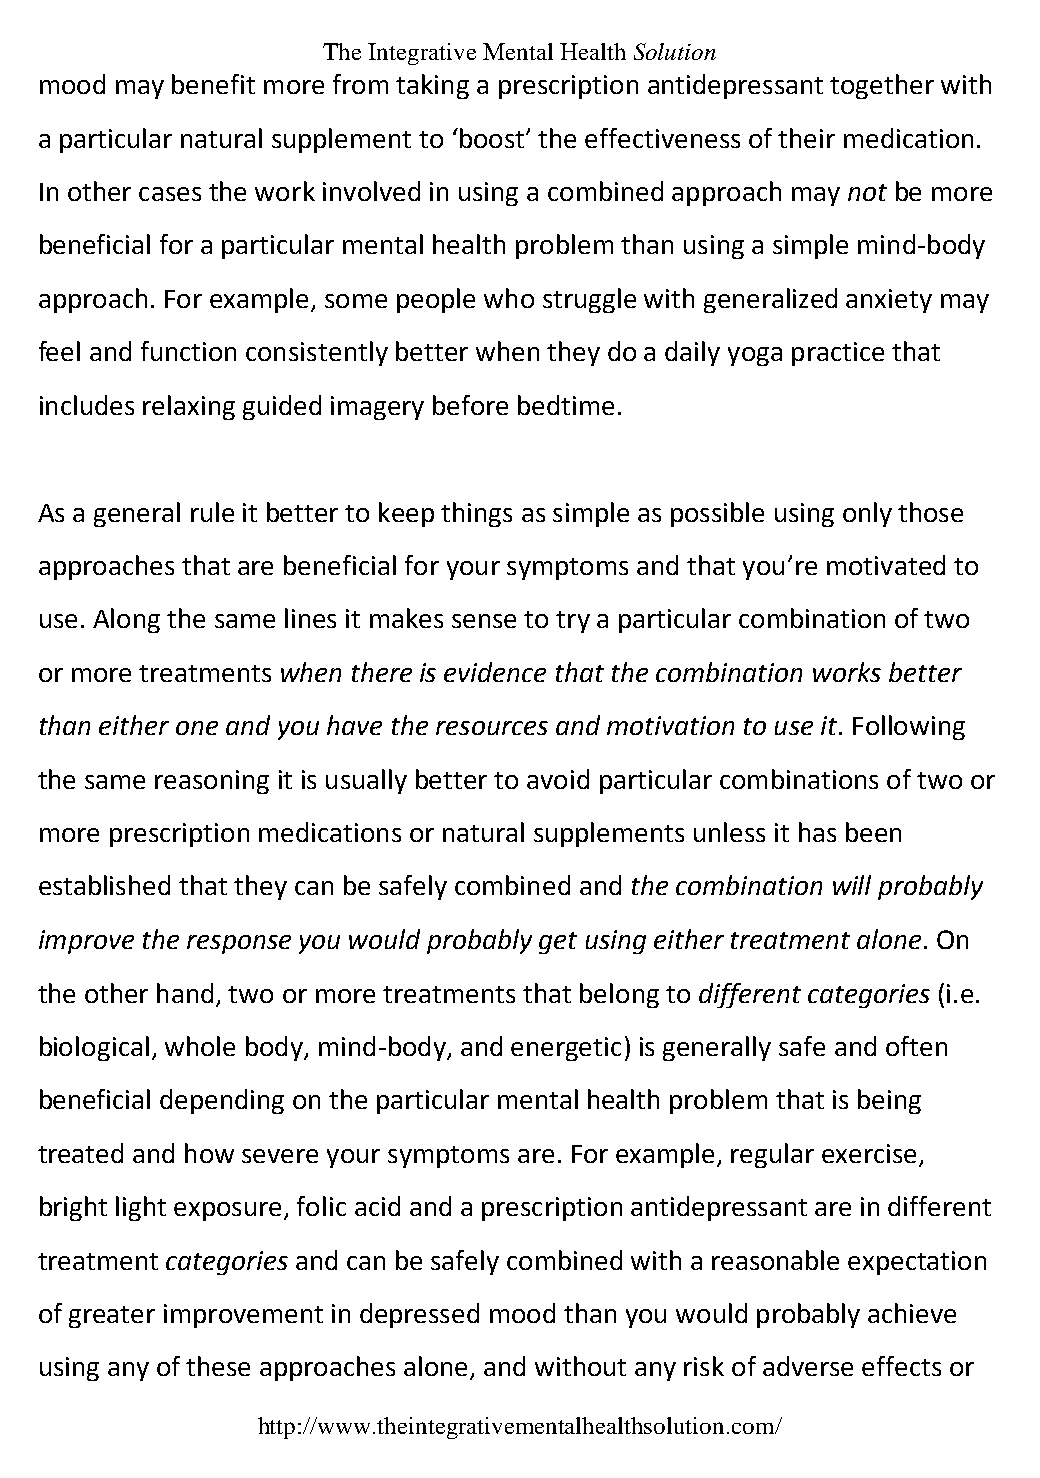
The Integrative Mental Health Solution
 mood  may benefit more from taking a prescription antidepressant together with
 a particular natural supplement to ‘boost’ the effectiveness of their medication.
 In other cases the work involved in using a combined approach may not be more
 beneficial for a particular mental health problem than using a simple mind-body
 approach. For example, some people who struggle with generalized anxiety may
 feel and function consistently better when they do a daily yoga practice that
 includes relaxing guided imagery before bedtime.
 As a general rule it better to keep things as simple as possible using only those
 approaches that are beneficial for your symptoms and that you’re motivated to
 use. Along the same lines it makes sense to try a particular combination of two
 or more treatments when there is evidence that the combination works better
 than either one and you have the resources and motivation to use it. Following
 the same reasoning it is usually better to avoid particular combinations of two or
 more prescription medications or natural supplements unless it has been
 established that they can be safely combined and the combination will probably
 improve the response you would probably get using either treatment alone. On
 the other hand, two or more treatments that belong to different categories (i.e.
 biological, whole body, mind-body, and energetic) is generally safe and often
 beneficial depending on the particular mental health problem that is being
 treated and how severe your symptoms are. For example, regular exercise,
 bright light exposure, folic acid and a prescription antidepressant are in different
 treatment categories and can be safely combined with a reasonable expectation
 of greater improvement in depressed mood than you would probably achieve
 using any of these approaches alone, and without any risk of adverse effects or
 http://www.theintegrativementalhealthsolution.com/